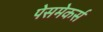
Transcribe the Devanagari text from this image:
पेसमेकर्स